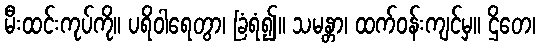
မီးထင်းကုပ်ကို။ ပရိဝါရေတွာ၊ ခြံရံ၍။ သမန္တာ၊ ထက်ဝန်းကျင်မှ။ ဌိတေ၊